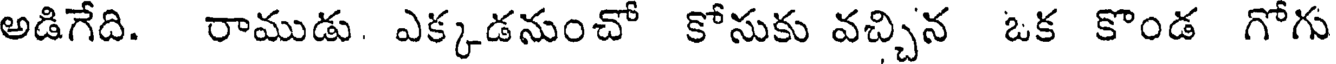
అడిగేది. రాముడు. ఎక్కడనుంచో కోసుకు వచ్చిన ఒక కొండ గోగు